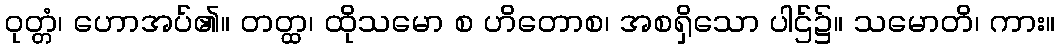
ဝုတ္တံ၊ ဟောအပ်၏။ တတ္ထ၊ ထိုသမော စ ဟိတောစ၊ အစရှိသော ပါဌ်၌။ သမောတိ၊ ကား။